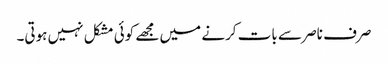
صرف ناصر سے بات کرنے میں مجھے کوئی مشکل نہیں ہوتی۔